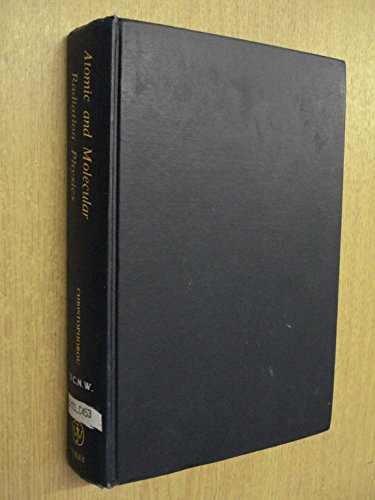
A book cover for Atomic and Molecular Radiation Physics (Wiley Monographs on Chemical Physics); L. G. Christophorou; Science & Math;